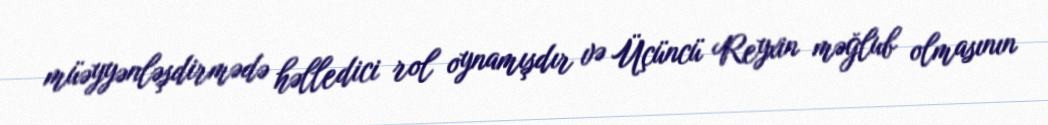
müəyyənləşdirmədə həlledici rol oynamışdır və Üçüncü Reyxin məğlub olmasının